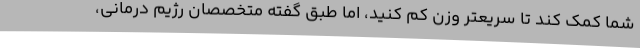
شما کمک کند تا سریعتر وزن کم کنید، اما طبق گفته متخصصان رژیم درمانی،